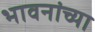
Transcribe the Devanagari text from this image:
भावनांच्या